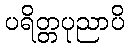
ပရိတ္တပုညာပိ